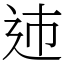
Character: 䢌